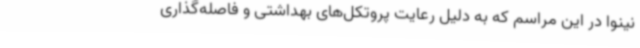
نینوا در این مراسم که به دلیل رعایت پروتکل‌های بهداشتی و فاصله‌گذاری